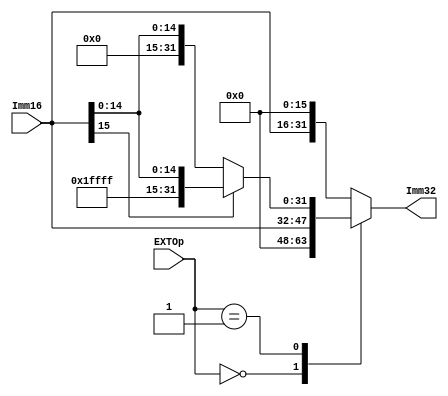
module ext(
	Imm16, EXTOp,

	Imm32
);
	input [15:0]	Imm16;
	input [1:0] 	EXTOp;
	output reg[31:0]Imm32;

	always@(Imm16,EXTOp)
		case(EXTOp)
			2'b00:	Imm32 = {16'h0000,Imm16};		//zero extension
			2'b01:	if(Imm16[15])
						Imm32 = {16'hffff,Imm16};	//sign extension
					else
						Imm32 = {16'h0000,Imm16};
			default: Imm32 = {Imm16,16'h0000};		//high extension
		endcase

endmodule